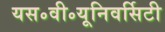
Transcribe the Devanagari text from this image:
यस॰वी॰यूनिवर्सिटी